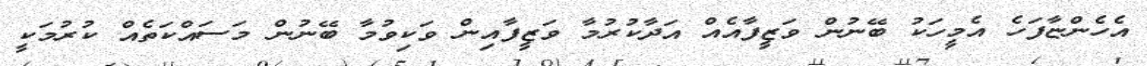
އެހެންޏާފަހެ އެމީހަކު ބޭނުން ވަޒީފާއެއް އަދާކުރުމާ ވަޒީފާއިން ވަކިވުމާ ބޭނުން މަސައްކަތެއް ކުރުމަކީ